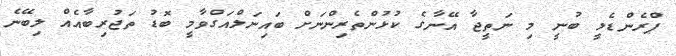
ޕްރެންޑެލީ ބުނީ މި ނަތީޖާ އޭނާގެ ކުޅުންތެރިންނަށް ބައިނަލްއަގްވާމީ ބޮޑު ތަޖުރިބާއެއް ލިބޭނެ